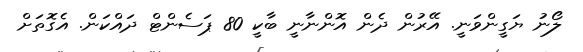
ލޯނު ޔަގީންވަނީ. އޭރުން ދެން އޮންނާނީ ބާކީ 80 ޕަސެންޓް ދައްކަން. އެގޮތަށް